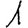
Digit: 1